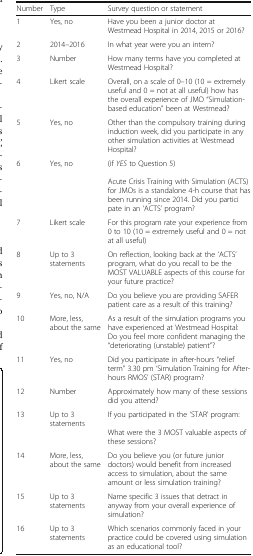
<table><thead><tr><td><b>Number</b></td><td><b>Type</b></td><td><b>Survey question or statement</b></td></tr></thead><tbody><tr><td>1</td><td>Yes, no</td><td>Have you been a junior doctor at Westmead Hospital in 2014, 2015 or 2016?</td></tr><tr><td>2</td><td>2014–2016</td><td>In what year were you an intern?</td></tr><tr><td>3</td><td>Number</td><td>How many terms have you completed at Westmead Hospital?</td></tr><tr><td>4</td><td>Likert scale</td><td>Overall, on a scale of 0–10 (10 = extremely useful and 0 = not at all useful) how has the overall experience of JMO “Simulation-based education” been at Westmead?</td></tr><tr><td>5</td><td>Yes, no</td><td>Other than the compulsory training during induction week, did you participate in any other simulation activities at Westmead Hospital?</td></tr><tr><td>6</td><td>Yes, no</td><td>(if <i>YES</i> to Question 5)Acute Crisis Training with Simulation (ACTS) for JMOs is a standalone 4-h course that has been running since 2014. Did you participate in an ‘ACTS’ program?</td></tr><tr><td>7</td><td>Likert scale</td><td>For this program rate your experience from 0 to 10 (10 = extremely useful and 0 = not at all useful)</td></tr><tr><td>8</td><td>Up to 3 statements</td><td>On reflection, looking back at the ‘ACTS’ program, what do you recall to be the MOST VALUABLE aspects of this course for your future practice?</td></tr><tr><td>9</td><td>Yes, no, N/A</td><td>Do you believe you are providing SAFER patient care as a result of this training?</td></tr><tr><td>10</td><td>More, less, about the same</td><td>As a result of the simulation programs you have experienced at Westmead Hospital:Do you feel more confident managing the “deteriorating (unstable) patient”?</td></tr><tr><td>11</td><td>Yes, no</td><td>Did you participate in after-hours “relief term” 3.30 pm ‘Simulation Training for After-hours RMOS’ (STAR) program?</td></tr><tr><td>12</td><td>Number</td><td>Approximately how many of these sessions did you attend?</td></tr><tr><td>13</td><td>Up to 3 statements</td><td>If you participated in the ‘STAR’ program:What were the 3 MOST valuable aspects of these sessions?</td></tr><tr><td>14</td><td>More, less, about the same</td><td>Do you believe you (or future junior doctors) would benefit from increased access to simulation, about the same amount or less simulation training?</td></tr><tr><td>15</td><td>Up to 3 statements</td><td>Name specific 3 issues that detract in anyway from your overall experience of simulation?</td></tr><tr><td>16</td><td>Up to 3 statements</td><td>Which scenarios commonly faced in your practice could be covered using simulation as an educational tool?</td></tr></tbody></table>